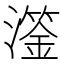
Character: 𤁈